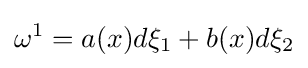
\omega ^{1}=a(x)d\xi _{1}+b(x)d\xi _{2}